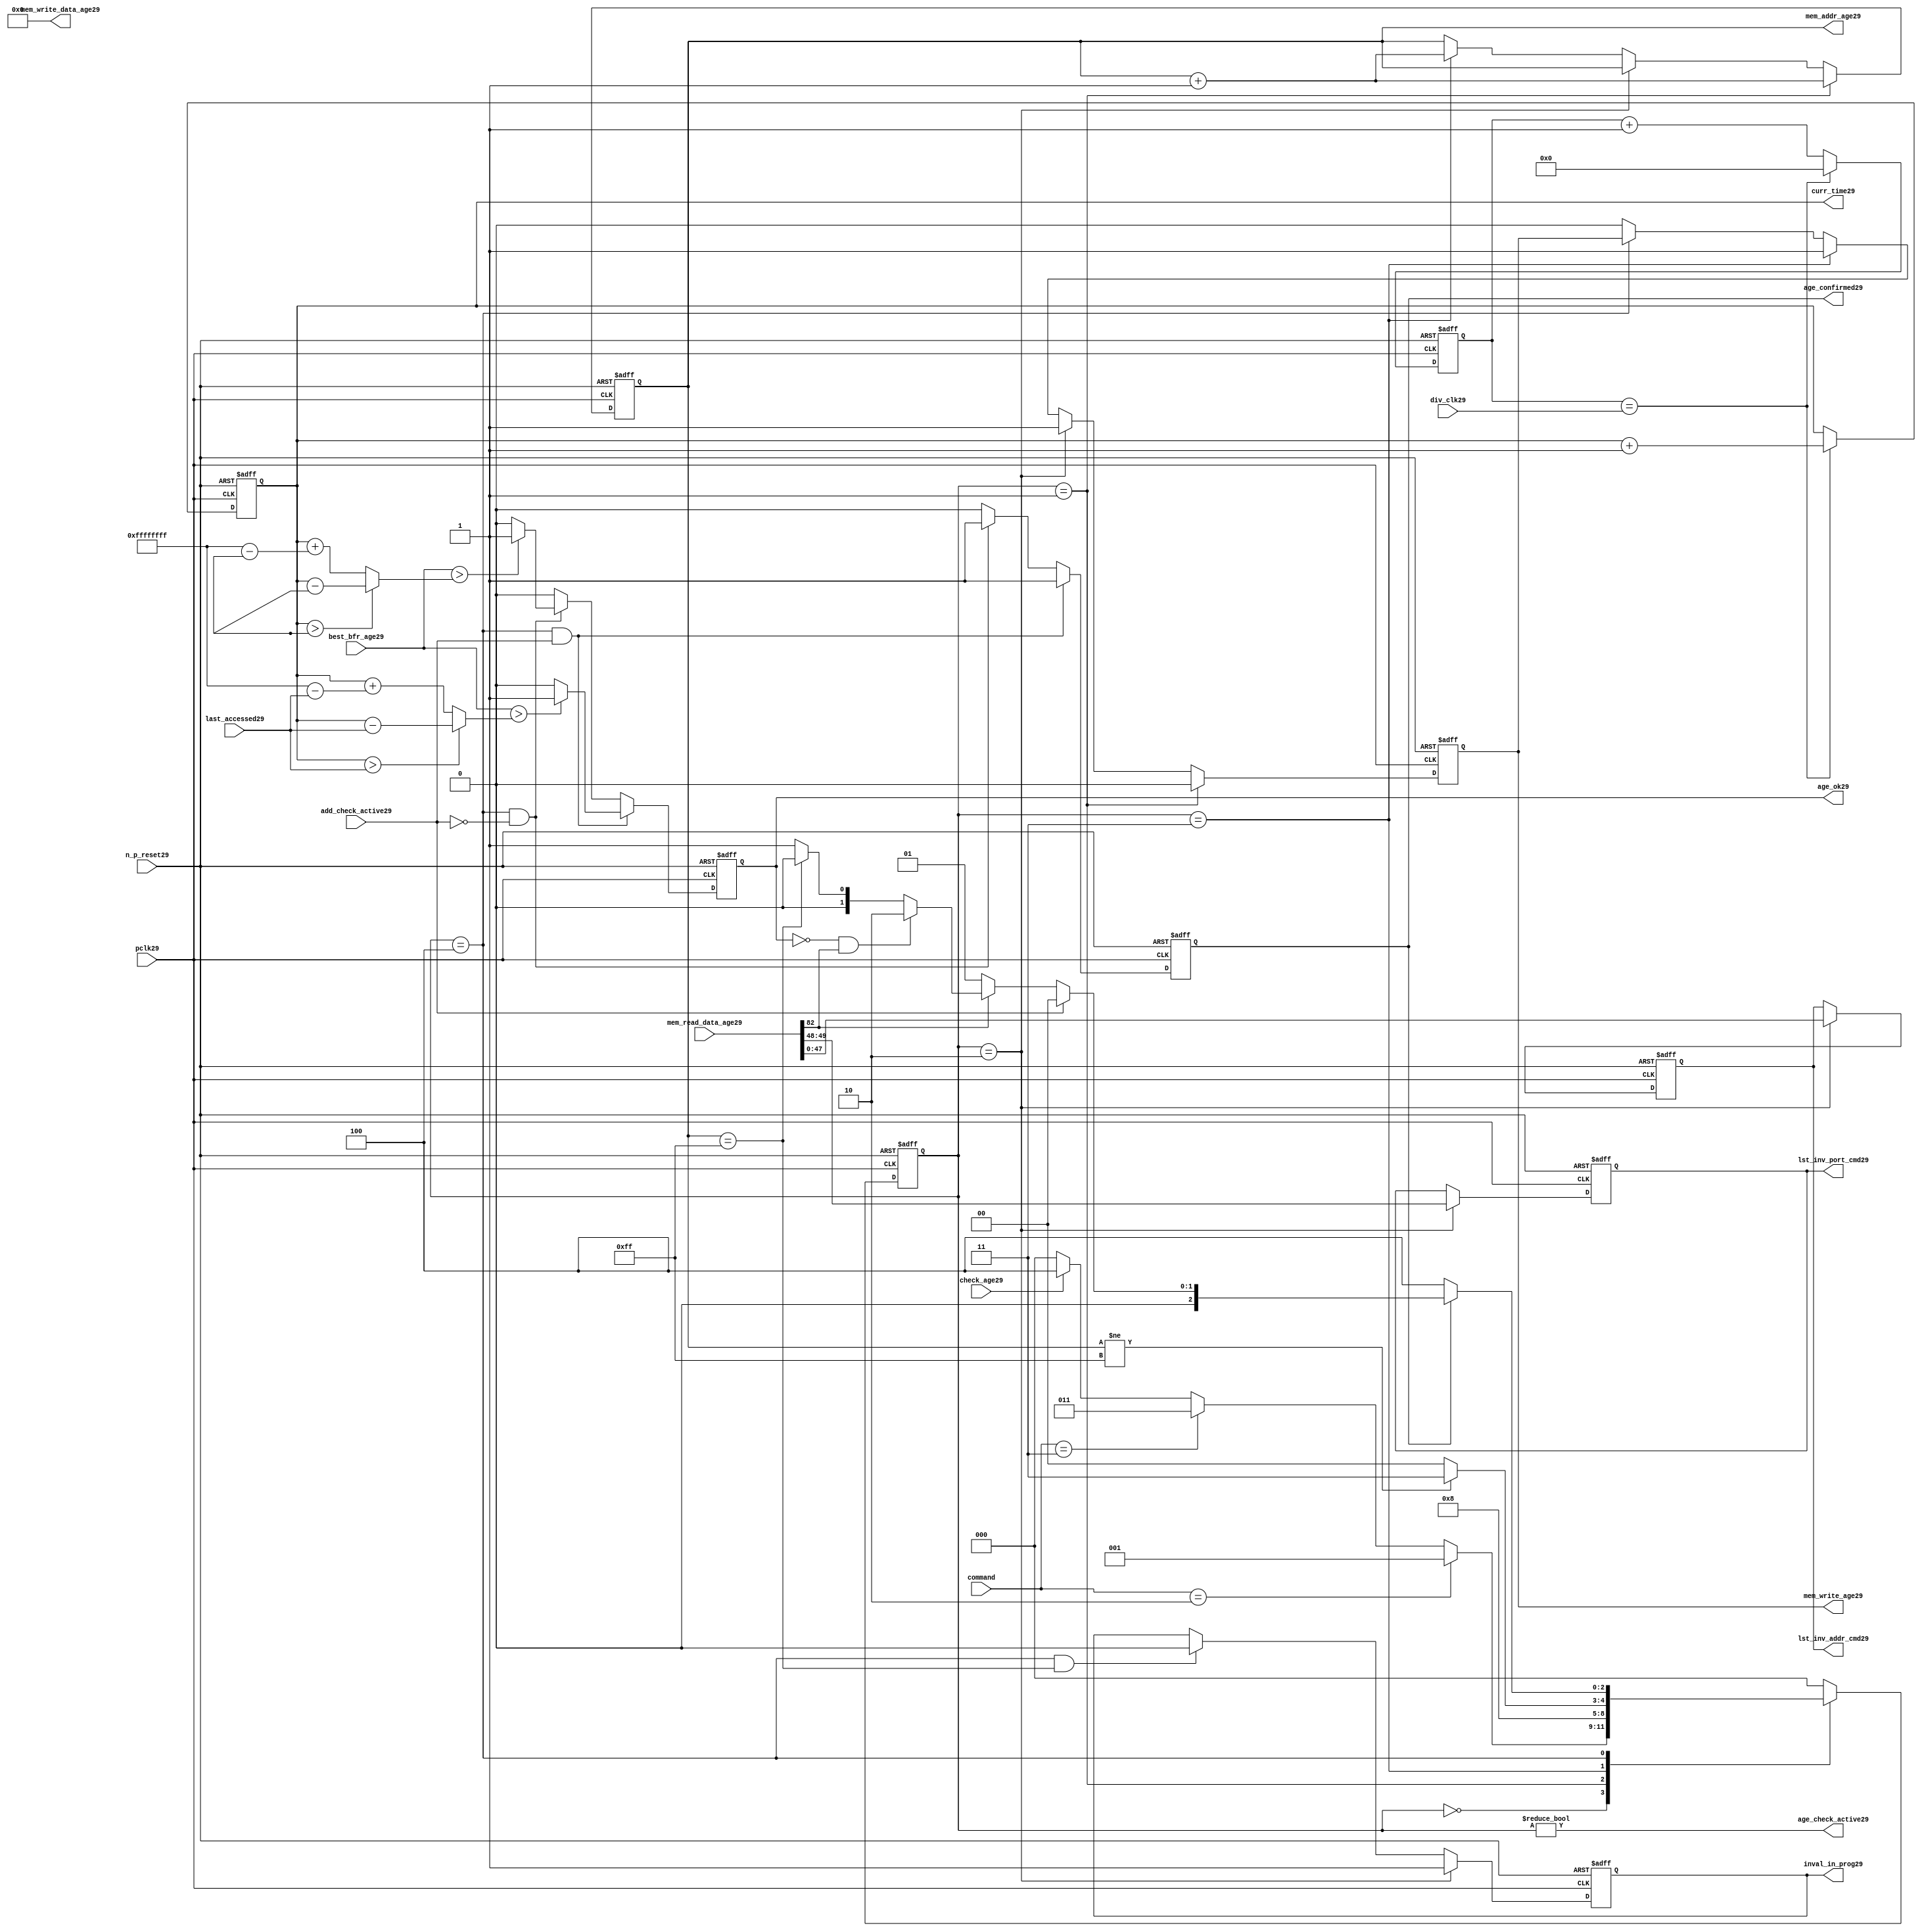
//File29 name   : alut_age_checker29.v
//Title29       : 
//Created29     : 1999
//Description29 : 
//Notes29       : 
//----------------------------------------------------------------------
//   Copyright29 1999-2010 Cadence29 Design29 Systems29, Inc29.
//   All Rights29 Reserved29 Worldwide29
//
//   Licensed29 under the Apache29 License29, Version29 2.0 (the
//   "License29"); you may not use this file except29 in
//   compliance29 with the License29.  You may obtain29 a copy of
//   the License29 at
//
//       http29://www29.apache29.org29/licenses29/LICENSE29-2.0
//
//   Unless29 required29 by applicable29 law29 or agreed29 to in
//   writing, software29 distributed29 under the License29 is
//   distributed29 on an "AS29 IS29" BASIS29, WITHOUT29 WARRANTIES29 OR29
//   CONDITIONS29 OF29 ANY29 KIND29, either29 express29 or implied29.  See
//   the License29 for the specific29 language29 governing29
//   permissions29 and limitations29 under the License29.
//----------------------------------------------------------------------

module alut_age_checker29
(   
   // Inputs29
   pclk29,
   n_p_reset29,
   command,          
   div_clk29,          
   mem_read_data_age29,
   check_age29,        
   last_accessed29, 
   best_bfr_age29,   
   add_check_active29,

   // outputs29
   curr_time29,         
   mem_addr_age29,      
   mem_write_age29,     
   mem_write_data_age29,
   lst_inv_addr_cmd29,    
   lst_inv_port_cmd29,  
   age_confirmed29,     
   age_ok29,
   inval_in_prog29,  
   age_check_active29          
);   

   input               pclk29;               // APB29 clock29                           
   input               n_p_reset29;          // Reset29                               
   input [1:0]         command;            // command bus                        
   input [7:0]         div_clk29;            // clock29 divider29 value
   input [82:0]        mem_read_data_age29;  // read data from memory             
   input               check_age29;          // request flag29 for age29 check
   input [31:0]        last_accessed29;      // time field sent29 for age29 check
   input [31:0]        best_bfr_age29;       // best29 before age29
   input               add_check_active29;   // active flag29 from address checker

   output [31:0]       curr_time29;          // current time,for storing29 in mem    
   output [7:0]        mem_addr_age29;       // address for R/W29 to memory     
   output              mem_write_age29;      // R/W29 flag29 (write = high29)            
   output [82:0]       mem_write_data_age29; // write data for memory             
   output [47:0]       lst_inv_addr_cmd29;   // last invalidated29 addr normal29 op    
   output [1:0]        lst_inv_port_cmd29;   // last invalidated29 port normal29 op    
   output              age_confirmed29;      // validates29 age_ok29 result 
   output              age_ok29;             // age29 checker result - set means29 in-date29
   output              inval_in_prog29;      // invalidation29 in progress29
   output              age_check_active29;   // bit 0 of status register           

   reg  [2:0]          age_chk_state29;      // age29 checker FSM29 current state
   reg  [2:0]          nxt_age_chk_state29;  // age29 checker FSM29 next state
   reg  [7:0]          mem_addr_age29;     
   reg                 mem_write_age29;    
   reg                 inval_in_prog29;      // invalidation29 in progress29
   reg  [7:0]          clk_div_cnt29;        // clock29 divider29 counter
   reg  [31:0]         curr_time29;          // current time,for storing29 in mem  
   reg                 age_confirmed29;      // validates29 age_ok29 result 
   reg                 age_ok29;             // age29 checker result - set means29 in-date29
   reg [47:0]          lst_inv_addr_cmd29;   // last invalidated29 addr normal29 op    
   reg [1:0]           lst_inv_port_cmd29;   // last invalidated29 port normal29 op    

   wire  [82:0]        mem_write_data_age29;
   wire  [31:0]        last_accessed_age29;  // read back time by age29 checker
   wire  [31:0]        time_since_lst_acc_age29;  // time since29 last accessed age29
   wire  [31:0]        time_since_lst_acc29; // time since29 last accessed address
   wire                age_check_active29;   // bit 0 of status register           

// Parameters29 for Address Checking29 FSM29 states29
   parameter idle29           = 3'b000;
   parameter inval_aged_rd29  = 3'b001;
   parameter inval_aged_wr29  = 3'b010;
   parameter inval_all29      = 3'b011;
   parameter age_chk29        = 3'b100;

   parameter max_addr       = 8'hff;
   parameter max_cnt29        = 32'hffff_ffff;

// -----------------------------------------------------------------------------
//   Generate29 current time counter
// -----------------------------------------------------------------------------
always @ (posedge pclk29 or negedge n_p_reset29)
   begin
   if (~n_p_reset29)
      clk_div_cnt29 <= 8'd0;
   else if (clk_div_cnt29 == div_clk29)
      clk_div_cnt29 <= 8'd0; 
   else 
      clk_div_cnt29 <= clk_div_cnt29 + 1'd1;
   end


always @ (posedge pclk29 or negedge n_p_reset29)
   begin
   if (~n_p_reset29)
      curr_time29 <= 32'd0;
   else if (clk_div_cnt29 == div_clk29)
      curr_time29 <= curr_time29 + 1'd1;
   end


// -----------------------------------------------------------------------------
//   Age29 checker State29 Machine29 
// -----------------------------------------------------------------------------
always @ (command or check_age29 or age_chk_state29 or age_confirmed29 or age_ok29 or
          mem_addr_age29 or mem_read_data_age29[82])
   begin
      case (age_chk_state29)
      
      idle29:
         if (command == 2'b10)
            nxt_age_chk_state29 = inval_aged_rd29;
         else if (command == 2'b11)
            nxt_age_chk_state29 = inval_all29;
         else if (check_age29)
            nxt_age_chk_state29 = age_chk29;
         else
            nxt_age_chk_state29 = idle29;

      inval_aged_rd29:
            nxt_age_chk_state29 = age_chk29;

      inval_aged_wr29:
            nxt_age_chk_state29 = idle29;

      inval_all29:
         if (mem_addr_age29 != max_addr)
            nxt_age_chk_state29 = inval_all29;  // move29 onto29 next address
         else
            nxt_age_chk_state29 = idle29;

      age_chk29:
         if (age_confirmed29)
            begin
            if (add_check_active29)                     // age29 check for addr chkr29
               nxt_age_chk_state29 = idle29;
            else if (~mem_read_data_age29[82])      // invalid, check next location29
               nxt_age_chk_state29 = inval_aged_rd29; 
            else if (~age_ok29 & mem_read_data_age29[82]) // out of date29, clear 
               nxt_age_chk_state29 = inval_aged_wr29;
            else if (mem_addr_age29 == max_addr)    // full check completed
               nxt_age_chk_state29 = idle29;     
            else 
               nxt_age_chk_state29 = inval_aged_rd29; // age29 ok, check next location29 
            end       
         else
            nxt_age_chk_state29 = age_chk29;

      default:
            nxt_age_chk_state29 = idle29;
      endcase
   end



always @ (posedge pclk29 or negedge n_p_reset29)
   begin
   if (~n_p_reset29)
      age_chk_state29 <= idle29;
   else
      age_chk_state29 <= nxt_age_chk_state29;
   end


// -----------------------------------------------------------------------------
//   Generate29 memory RW bus for accessing array when requested29 to invalidate29 all
//   aged29 addresses29 and all addresses29.
// -----------------------------------------------------------------------------
always @ (posedge pclk29 or negedge n_p_reset29)
   begin
   if (~n_p_reset29)
   begin
      mem_addr_age29 <= 8'd0;     
      mem_write_age29 <= 1'd0;    
   end
   else if (age_chk_state29 == inval_aged_rd29)  // invalidate29 aged29 read
   begin
      mem_addr_age29 <= mem_addr_age29 + 1'd1;     
      mem_write_age29 <= 1'd0;    
   end
   else if (age_chk_state29 == inval_aged_wr29)  // invalidate29 aged29 read
   begin
      mem_addr_age29 <= mem_addr_age29;     
      mem_write_age29 <= 1'd1;    
   end
   else if (age_chk_state29 == inval_all29)  // invalidate29 all
   begin
      mem_addr_age29 <= mem_addr_age29 + 1'd1;     
      mem_write_age29 <= 1'd1;    
   end
   else if (age_chk_state29 == age_chk29)
   begin
      mem_addr_age29 <= mem_addr_age29;     
      mem_write_age29 <= mem_write_age29;    
   end
   else 
   begin
      mem_addr_age29 <= mem_addr_age29;     
      mem_write_age29 <= 1'd0;    
   end
   end

// age29 checker will only ever29 write zero values to ALUT29 mem
assign mem_write_data_age29 = 83'd0;



// -----------------------------------------------------------------------------
//   Generate29 invalidate29 in progress29 flag29 (bit 1 of status register)
// -----------------------------------------------------------------------------
always @ (posedge pclk29 or negedge n_p_reset29)
   begin
   if (~n_p_reset29)
      inval_in_prog29 <= 1'd0;
   else if (age_chk_state29 == inval_aged_wr29) 
      inval_in_prog29 <= 1'd1;
   else if ((age_chk_state29 == age_chk29) & (mem_addr_age29 == max_addr))
      inval_in_prog29 <= 1'd0;
   else
      inval_in_prog29 <= inval_in_prog29;
   end


// -----------------------------------------------------------------------------
//   Calculate29 whether29 data is still in date29.  Need29 to work29 out the real time
//   gap29 between current time and last accessed.  If29 this gap29 is greater than
//   the best29 before age29, then29 the data is out of date29. 
// -----------------------------------------------------------------------------
assign time_since_lst_acc29 = (curr_time29 > last_accessed29) ? 
                            (curr_time29 - last_accessed29) :  // no cnt wrapping29
                            (curr_time29 + (max_cnt29 - last_accessed29));

assign time_since_lst_acc_age29 = (curr_time29 > last_accessed_age29) ? 
                                (curr_time29 - last_accessed_age29) : // no wrapping29
                                (curr_time29 + (max_cnt29 - last_accessed_age29));


always @ (posedge pclk29 or negedge n_p_reset29)
   begin
   if (~n_p_reset29)
      begin
      age_ok29 <= 1'b0;
      age_confirmed29 <= 1'b0;
      end
   else if ((age_chk_state29 == age_chk29) & add_check_active29) 
      begin                                       // age29 checking for addr chkr29
      if (best_bfr_age29 > time_since_lst_acc29)      // still in date29
         begin
         age_ok29 <= 1'b1;
         age_confirmed29 <= 1'b1;
         end
      else   // out of date29
         begin
         age_ok29 <= 1'b0;
         age_confirmed29 <= 1'b1;
         end
      end
   else if ((age_chk_state29 == age_chk29) & ~add_check_active29)
      begin                                      // age29 checking for inval29 aged29
      if (best_bfr_age29 > time_since_lst_acc_age29) // still in date29
         begin
         age_ok29 <= 1'b1;
         age_confirmed29 <= 1'b1;
         end
      else   // out of date29
         begin
         age_ok29 <= 1'b0;
         age_confirmed29 <= 1'b1;
         end
      end
   else
      begin
      age_ok29 <= 1'b0;
      age_confirmed29 <= 1'b0;
      end
   end



// -----------------------------------------------------------------------------
//   Generate29 last address and port that was cleared29 in the invalid aged29 process
// -----------------------------------------------------------------------------
always @ (posedge pclk29 or negedge n_p_reset29)
   begin
   if (~n_p_reset29)
      begin
      lst_inv_addr_cmd29 <= 48'd0;
      lst_inv_port_cmd29 <= 2'd0;
      end
   else if (age_chk_state29 == inval_aged_wr29)
      begin
      lst_inv_addr_cmd29 <= mem_read_data_age29[47:0];
      lst_inv_port_cmd29 <= mem_read_data_age29[49:48];
      end
   else 
      begin
      lst_inv_addr_cmd29 <= lst_inv_addr_cmd29;
      lst_inv_port_cmd29 <= lst_inv_port_cmd29;
      end
   end


// -----------------------------------------------------------------------------
//   Set active bit of status, decoded29 off29 age_chk_state29
// -----------------------------------------------------------------------------
assign age_check_active29 = (age_chk_state29 != 3'b000);

endmodule